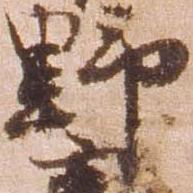
野